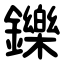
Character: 鑠